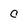
Character: c